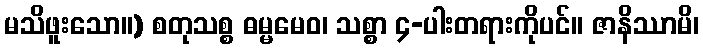
မသိဖူးသော။) စတုသစ္စ ဓမ္မမေဝ၊ သစ္စာ ၄-ပါးတရားကိုပင်။ ဇာနိဿာမိ၊